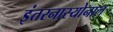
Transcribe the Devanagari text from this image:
इंतरनास्योनाल